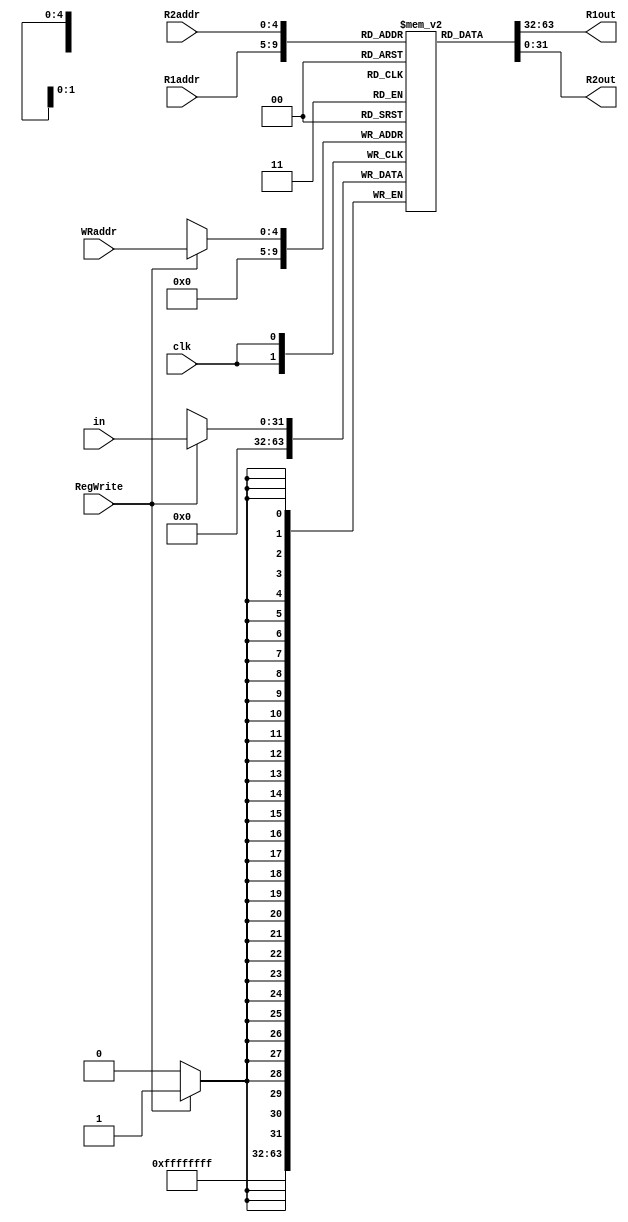
`timescale 1ns/1ps

module RegFile(clk, in, R1addr, R2addr, WRaddr, RegWrite, R1out, R2out);

input clk;
input [31:0] in;
input [4:0] R1addr, R2addr, WRaddr;
input RegWrite;
output [31:0] R1out, R2out;

reg [31:0] Regs [0:31];

always@(negedge clk) begin
  if(RegWrite == 1)  begin
      Regs[WRaddr] <= in;
  end
  Regs[0] <= 32'b0;
end

assign  R1out = Regs[R1addr];
assign  R2out = Regs[R2addr];


endmodule